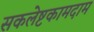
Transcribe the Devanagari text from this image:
सकलेष्टकामदाम